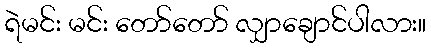
ရဲမင်း မင်း တော်တော် လျှာချောင်ပါလား။